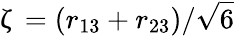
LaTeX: \upzeta=(r_{13}+r_{23})/\sqrt{6}